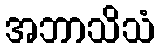
အဘာသိသံ